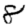
Digit: 8